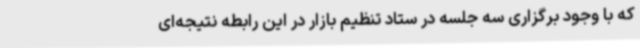
که با وجود برگزاری سه جلسه در ستاد تنظیم بازار در این رابطه نتیجه‌ای